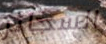
السجائر